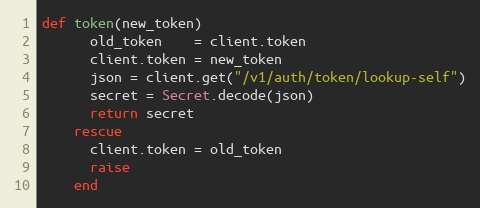
Language: Ruby
def token(new_token)
      old_token    = client.token
      client.token = new_token
      json = client.get("/v1/auth/token/lookup-self")
      secret = Secret.decode(json)
      return secret
    rescue
      client.token = old_token
      raise
    end